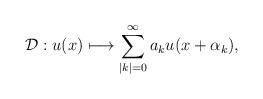
LaTeX: \begin{align*}{\mathcal D}: u(x)\longmapsto \sum\limits_{|k|=0}^{\infty}a_ku(x+\alpha_k),\end{align*}